Indian journal of veterinary science and animal husbandry - Volume 13,
Year: 1943
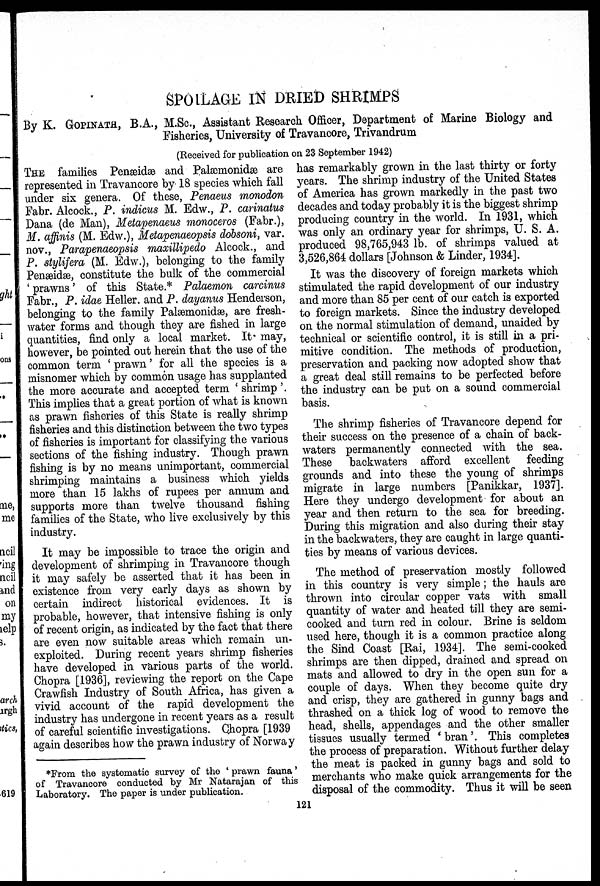
SPOILAGE IN DRIED SHRIMPS
By K. GOPINATH, B.A., M.Sc., Assistant Research Officer, Department of Marine Biology and
Fisheries, University of Travancore, Trivandrum
(Received for publication on 23 September 1942)
THE families Penæidæ and Palæmonidæ are
represented in Travancore by 18 species which fall
under six genera. Of these, Penaeus monodon
Fabr. Alcock., P. indicus M. Edw., P. carinatus
Dana (de Man), Metapenaeus monoceros (Fabr.),
M. affinis (M. Edw.), Metapenaeopsis dobsoni, var.
nov., Parapenaeopsis maxillipedo Alcock., and
P. stylifera (M. Edw.), belonging to the family
Penæidæ, constitute the bulk of the commercial
'prawns' of this State.* Palaemon carcinus
Fabr., P. idae Heller. and P. dayanus Henderson,
belonging to the family Palæmonidæ, are fresh-
water forms and though they are fished in large
quantities, find only a local market. It may,
however, be pointed out herein that the use of the
common term 'prawn' for all the species is a
misnomer which by common usage has supplanted
the more accurate and accepted term 'shrimp'.
This implies that a great portion of what is known
as prawn fisheries of this State is really shrimp
fisheries and this distinction between the two types
of fisheries is important for classifying the various
sections of the fishing industry. Though prawn
fishing is by no means unimportant, commercial
shrimping maintains a business which yields
more than 15 lakhs of rupees per annum and
supports more than twelve thousand fishing
families of the State, who live exclusively by this
industry.
It may be impossible to trace the origin and
development of shrimping in Travancore though
it may safely be asserted that it has been in
existence from very early days as shown by
certain indirect historical evidences. It is
probable, however, that intensive fishing is only
of recent origin, as indicated by the fact that there
are even now suitable areas which remain un-
exploited. During recent years shrimp fisheries
have developed in various parts of the world.
Chopra [1936], reviewing the report on the Cape
Crawfish Industry of South Africa, has given a
vivid account of the rapid development the
industry has undergone in recent years as a result
of careful scientific investigations. Chopra [1939
again describes how the prawn industry of Norway
has remarkably grown in the last thirty or forty
years. The shrimp industry of the United States
of America has grown markedly in the past two
decades and today probably it is the biggest shrimp
producing country in the world. In 1931, which
was only an ordinary year for shrimps, U. S. A.
produced 98,765,943 lb. of shrimps valued at
3,526,864 dollars [Johnson & Linder, 1934].
It was the discovery of foreign markets which
stimulated the rapid development of our industry
and more than 85 per cent of our catch is exported
to foreign markets. Since the industry developed
on the normal stimulation of demand, unaided by
technical or scientific control, it is still in a pri-
mitive condition. The methods of production,
preservation and packing now adopted show that
a great deal still remains to be perfected before
the industry can be put on a sound commercial
basis.
The shrimp fisheries of Travancore depend for
their success on the presence of a chain of back-
waters permanently connected with the sea.
These backwaters afford excellent feeding
grounds and into these the young of shrimps
migrate in large numbers [Panikkar, 1937].
Here they undergo development for about an
year and then return to the sea for breeding.
During this migration and also during their stay
in the backwaters, they are caught in large quanti-
ties by means of various devices.
The method of preservation mostly followed
in this country is very simple; the hauls are
thrown into circular copper vats with small
quantity of water and heated till they are semi-
cooked and turn red in colour. Brine is seldom
used here, though it is a common practice along
the Sind Coast [Rai, 1934]. The semi-cooked
shrimps are then dipped, drained and spread on
mats and allowed to dry in the open sun for a
couple of days. When they become quite dry
and crisp, they are gathered in gunny bags and
thrashed on a thick log of wood to remove the
head, shells, appendages and the other smaller
tissues usually termed 'bran'. This completes
the process of preparation. Without further delay
the meat is packed in gunny bags and sold to
merchants who make quick arrangements for the
disposal of the commodity. Thus it will be seen
*From the systematic survey of the ' prawn fauna '
of Travancore conducted by Mr Natarajan of this
Laboratory. The paper is under publication.
121